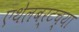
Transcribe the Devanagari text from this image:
एथेलबर्टच्या